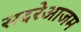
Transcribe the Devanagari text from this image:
सदरेआजम